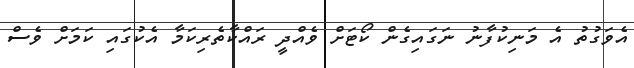
އެވަގުތު އެ މަނިކުފާނު ނަގައިގެން ކޯޓަށް ވެއްދީ ރައްކާތެރިކަމާ އެކުގައި ކަމަށް ވެސް